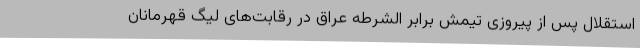
استقلال پس از پیروزی تیمش برابر الشرطه عراق در رقابت‌های لیگ قهرمانان